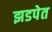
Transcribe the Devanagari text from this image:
झडपेत